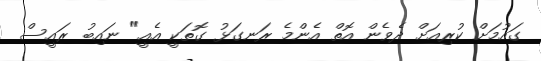
ގައުމަށް ކުރިއަށް ދެވެން އޮތް އެންމެ ރަނގަޅު ގޮތަކީ އެއީ" ނައިބު ރައީސް